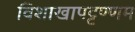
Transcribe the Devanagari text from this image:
विशाखापट्टण्णम